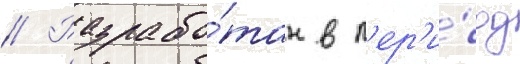
// Разрабо́тан в п'ер'и́од